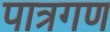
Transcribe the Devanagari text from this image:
पात्रगण